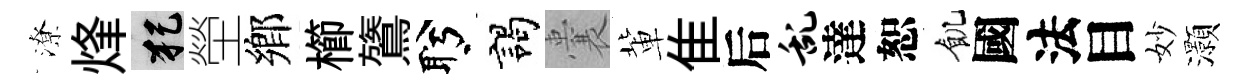
潦烽犯塋鄉櫛鷟盻謁囊軰隹后乱達恕飢國法目妙灝